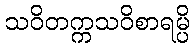
သဝိတက္ကသဝိစာရမ္ပိ